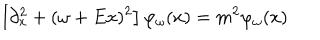
\left[ \partial _ { x } ^ { 2 } + ( \omega + E x ) ^ { 2 } \right] \varphi _ { \omega } ( x ) = m ^ { 2 } \varphi _ { \omega } ( x )